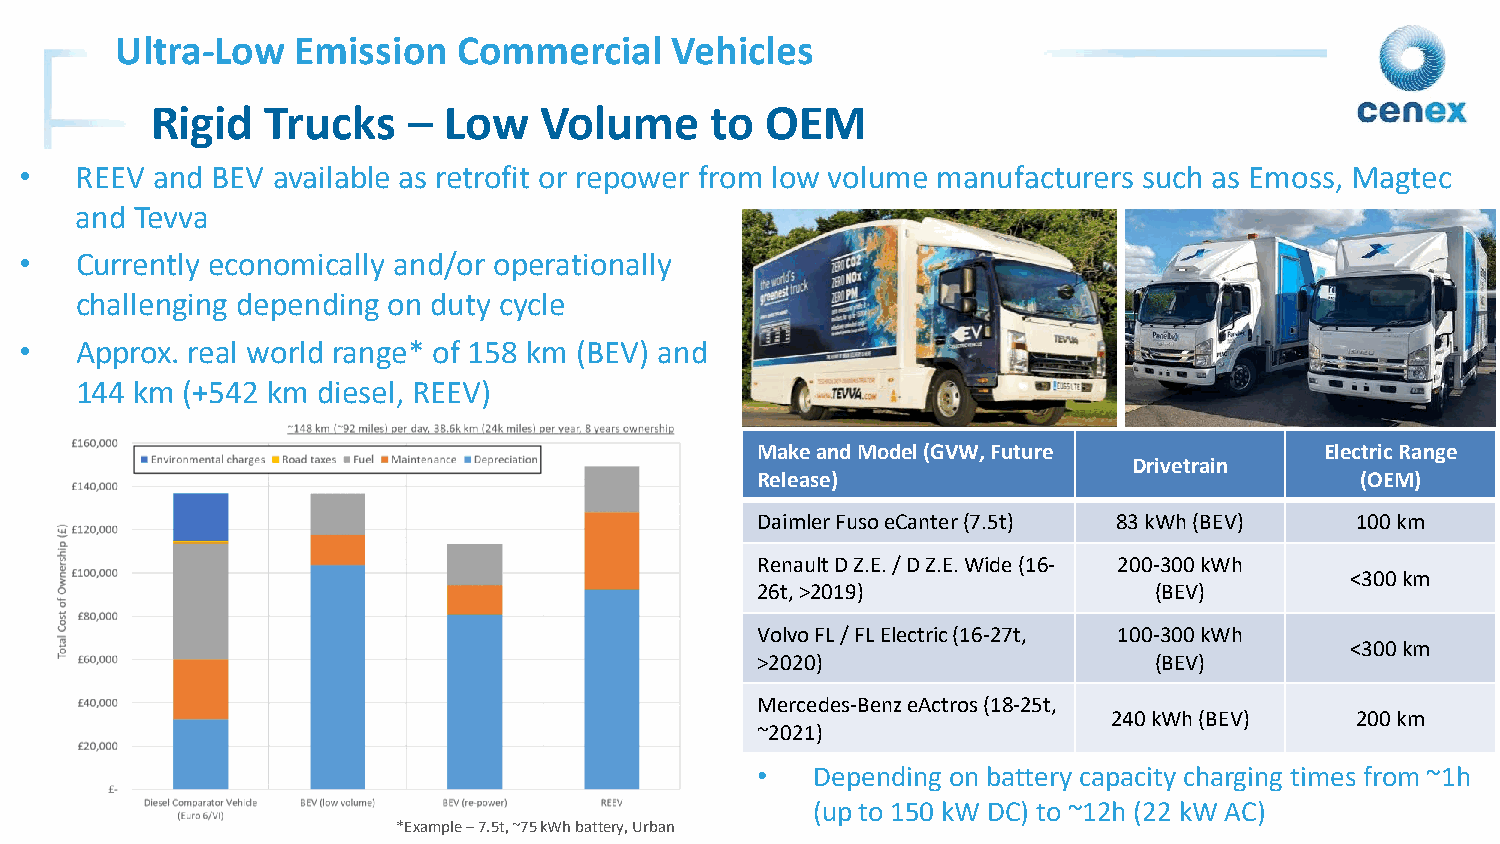
Ultra-Low   Emission  Commercial    Vehicles
 Rigid   Trucks   – Low    Volume     to  OEM
 •   REEV and BEV available as retrofit or repower from low volume manufacturers such as Emoss, Magtec
 and Tevva
 •   Currently economically and/or operationally
 challenging depending on duty cycle
 •   Approx. real world range* of 158 km (BEV) and
 144 km (+542 km diesel, REEV)
 Make and Model (GVW, Future           Electric Range
 Drivetrain
 Release)                                (OEM)
 Daimler Fuso eCanter(7.5t) 83 kWh (BEV) 100 km
 Renault D Z.E. / D Z.E. Wide (16- 200-300 kWh
 <300 km
 26t, >2019)               (BEV)
 Volvo FL / FL Electric (16-27t, 100-300 kWh
 <300 km
 >2020)                    (BEV)
 Mercedes-Benz eActros(18-25t,
 240 kWh (BEV)   200 km
 ~2021)
 •   Depending on battery capacity charging times from ~1h
 9
 (up to 150 kW DC) to ~12h (22 kW AC)
 *Example –7.5t, ~75 kWh battery, Urban